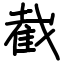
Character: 截